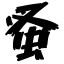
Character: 蚤